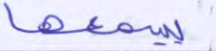
يسمعها